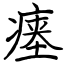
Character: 瘗